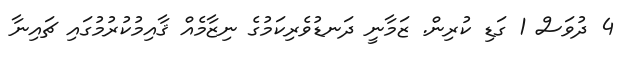
4 ދުވަސް 1 ގަޑި ކުރިން. ޒަމާނީ ދަނޑުވެރިކަމުގެ ނިޒާމެއް ޤާއިމުކުރުމުގައި ޗައިނާ